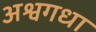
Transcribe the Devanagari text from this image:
अश्वगधा